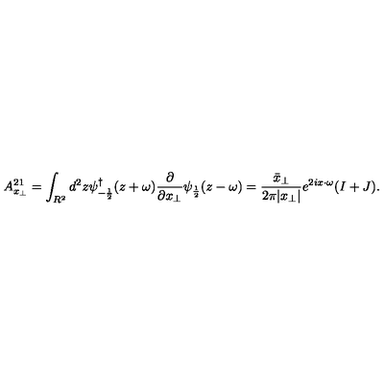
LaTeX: A _ { x _ { \perp } } ^ { 2 1 } = \int _ { R ^ { 2 } } d ^ { 2 } z \psi _ { - \frac { 1 } { 2 } } ^ { \dagger } ( z + \omega ) \frac { \partial } { \partial x _ { \perp } } \psi _ { \frac { 1 } { 2 } } ( z - \omega ) = \frac { \bar { x } _ { \perp } } { 2 \pi | x _ { \perp } | } e ^ { 2 i x \cdot \omega } ( I + J ) .